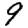
Digit: 9